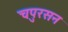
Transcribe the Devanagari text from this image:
चपुरसन